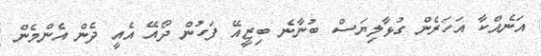
އަނެއްކާ އަހަރެން ގުޅާލިޔަސް ބުނާނެ ބިޒީއޭ ފަހުން ދޯއޭ އެއީ ދެން އެންމެން